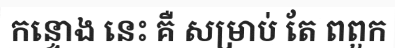
កន្ទោង នេះ គឺ សម្រាប់ តែ ពពួក